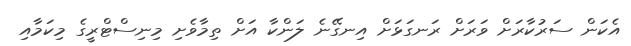
އެކަން ސަރުކާރަށް ވަރަށް ރަނގަޅަށް އިނގޭނެ ލަންކާ އަށް ތިމާވެށި މިނިސްޓްރީގެ މިކަމާއި